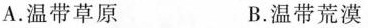
A.温带草原 B.温带荒漠